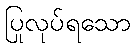
ပြုလုပ်ရသော